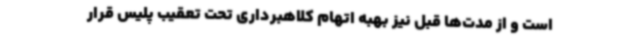
است و از مدت‌ها قبل نیز بهبه اتهام کلاهبرداری تحت تعقیب پلیس قرار